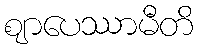
ဈာပေဿာမီတိ